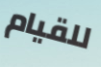
للقيام